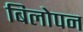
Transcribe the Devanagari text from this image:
बिलोपन